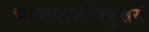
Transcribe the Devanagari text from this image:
चाष्टपाशनिवृत्तये